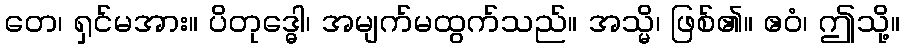
တေ၊ ရှင်မအား။ ပိတုဒ္ဓေါ၊ အမျက်မထွက်သည်။ အသ္မိ၊ ဖြစ်၏။ ဧဝံ၊ ဤသို့။